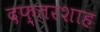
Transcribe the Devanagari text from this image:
दफ़्तरशाह